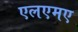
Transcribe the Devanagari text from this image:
एलएमए